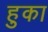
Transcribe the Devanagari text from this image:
हुका